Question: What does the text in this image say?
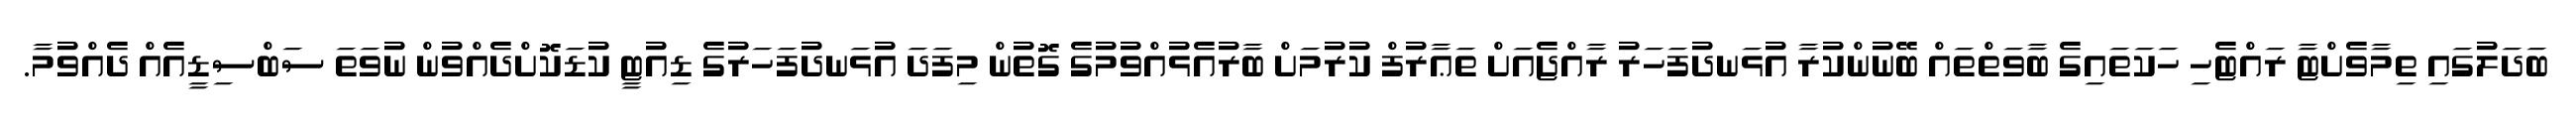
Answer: ބަދަލުގައި ތިމާވެށްޓާ ރައްޓެހި ހަކަތައިގެ ބާވަތްތައް ބޭނުންކުރާ އުޅަނދުފަހަރު ރާއްޖެއަށް ތަޢާރުފް ކުރުމަށް ބާރުއެޅުއްވުމުގެ ގޮތުން މިފަދަ އުޅަނދުފަހަރުގެ ޑިއުޓީ ކުޑަކޮށްދެއްވުން ނުވަތަ ސަބްސިޑީއެއް ދެއްވުމާ.